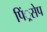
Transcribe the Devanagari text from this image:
पिं्रसेप